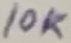
Text: 10k